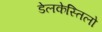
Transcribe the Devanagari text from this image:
डेलकेस्तिलो